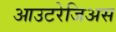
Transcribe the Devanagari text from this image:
आउटरेजिअस